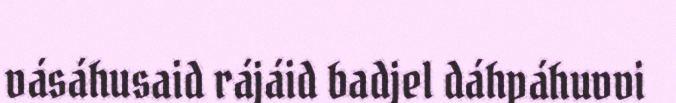
vásáhusaid rájáid badjel dáhpáhuvvi